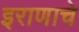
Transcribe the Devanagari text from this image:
इराणाचे